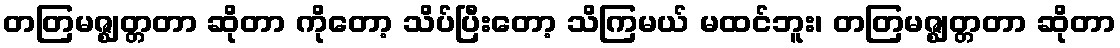
တတြမဇ္ဈတ္တတာ ဆိုတာ ကိုတော့ သိပ်ပြီးတော့ သိကြမယ် မထင်ဘူး၊ တတြမဇ္ဈတ္တတာ ဆိုတာ